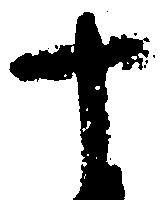
十